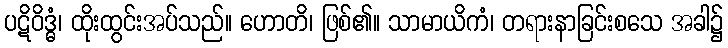
ပဋိဝိဒ္ဓံ၊ ထိုးထွင်းအပ်သည်။ ဟောတိ၊ ဖြစ်၏။ သာမာယိကံ၊ တရားနာခြင်းစသေ အခါ၌